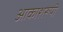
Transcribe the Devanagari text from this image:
आकाशरूपी